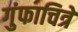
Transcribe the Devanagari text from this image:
गुंफाचित्रे